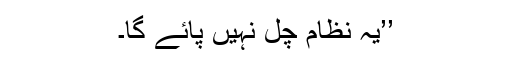
’’یہ نظام چل نہیں پائے گا۔